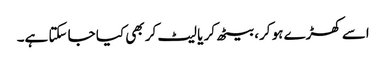
اسے کھڑے ہو کر، بیٹھ کر یا لیٹ کر بھی کیا جا سکتا ہے۔